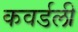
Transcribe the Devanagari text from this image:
कवर्डली